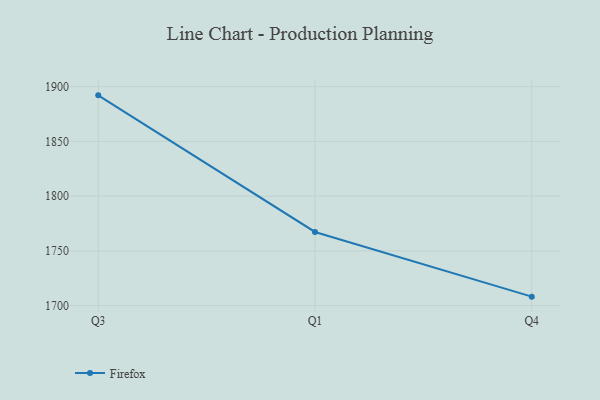
{"axis": {"x": "Quarter", "y": "Page Views"}, "legend": ["Firefox"], "data": [{"x": "Q3", "y": 1892.1, "type": "Firefox"}, {"x": "Q1", "y": 1767.3, "type": "Firefox"}, {"x": "Q4", "y": 1708.2, "type": "Firefox"}]}